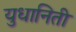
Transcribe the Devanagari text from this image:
युधानिती